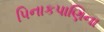
પિનાકપાણિના